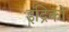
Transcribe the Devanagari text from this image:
इंद्रिको